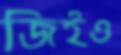
জিইও